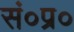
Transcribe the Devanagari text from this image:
सं०प्र०